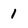
Character: 1